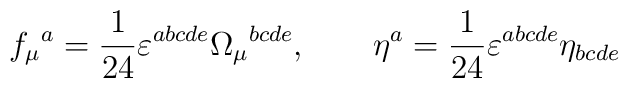
f_\mu{}^a = \frac{1}{24} \varepsilon^{abcde} \Omega_\mu{}^{bcde},\qquad \eta^a = \frac{1}{24} \varepsilon^{abcde} \eta_{bcde}